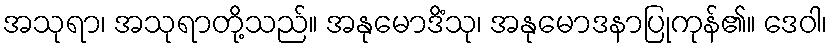
အသုရာ၊ အသုရာတို့သည်။ အနုမောဒိံသု၊ အနုမောဒနာပြုကုန်၏။ ဒေဝါ၊